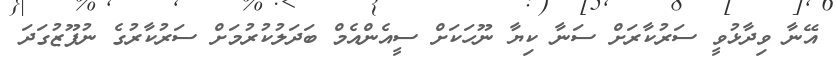
އޭނާ ވިދާޅުވީ ސަރުކާރަށް ސަނާ ކިޔާ ނޫހަކަށް ސީއެންއެމް ބަދަލުކުރުމަށް ސަރުކާރުގެ ނުފޫޒުގަދަ